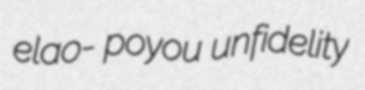
elao- poyou unfidelity